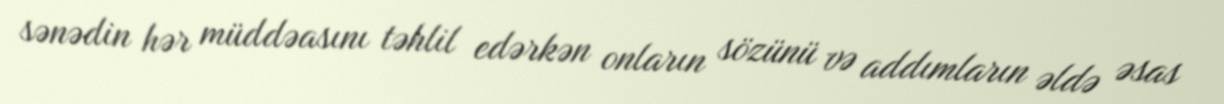
sənədin hər müddəasını təhlil edərkən onların sözünü və addımların əldə əsas